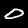
Digit: 0